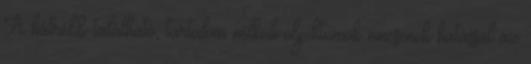
A hátrébb található, tartalom nélküli objektumok nincsenek hatással az